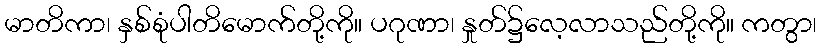
မာတိကာ၊ နှစ်စုံပါတိမောက်တို့ကို။ ပဂုဏာ၊ နှုတ်၌လေ့လာသည်တို့ကို။ ကတွာ၊